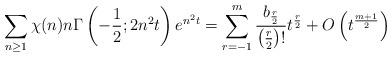
LaTeX: \begin{align*}\sum_{n\geq1}\chi(n)n\Gamma\left(-\frac12;2n^2t\right)e^{n^2t}=\sum_{r=-1}^m\frac{b_{\frac r2}}{\left(\frac r2\right)!}t^{\frac r2}+O\left(t^{\frac{m+1}2}\right)\end{align*}